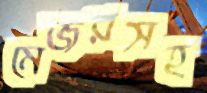
মেজরসহ